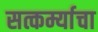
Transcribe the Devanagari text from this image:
सत्कर्म्याचा